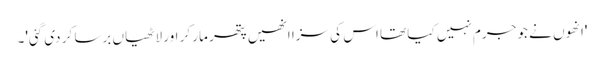
'انھوں نے جو جرم نہیں کیا تھا اس کی سزا انھیں پتھر مار کر اور لاٹھیاں برسا کر دی گئی'۔